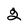
Character: 2